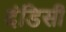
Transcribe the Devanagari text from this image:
दंडिसी